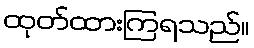
ထုတ်ထားကြရသည်။